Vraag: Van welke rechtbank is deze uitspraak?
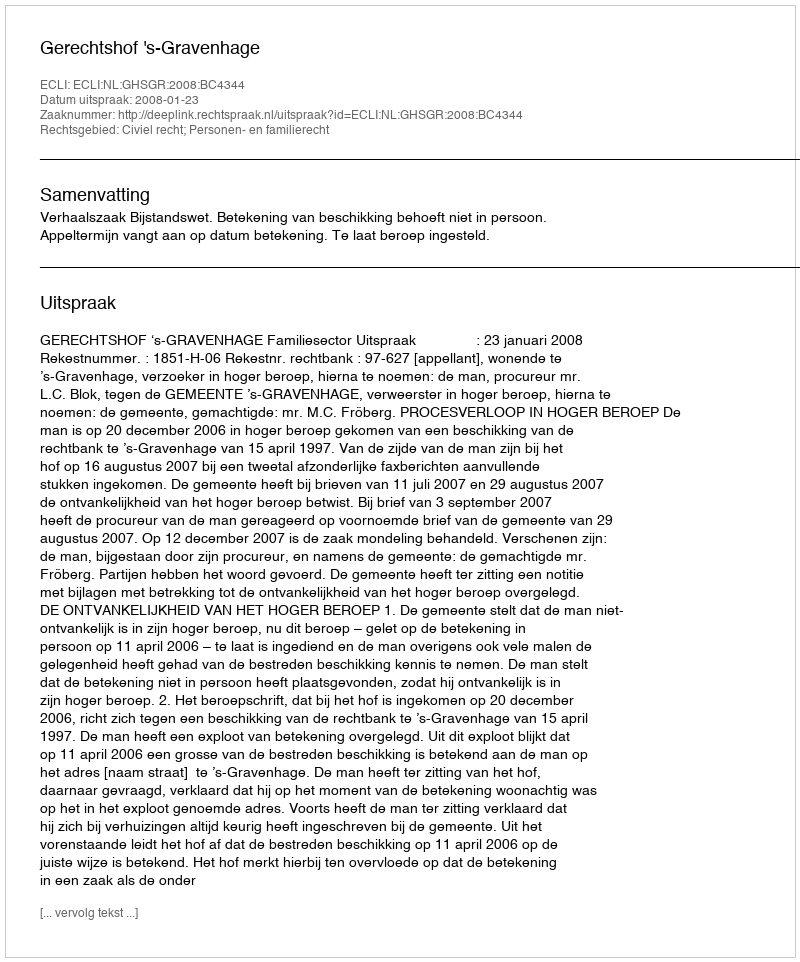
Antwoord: Gerechtshof 's-Gravenhage